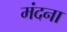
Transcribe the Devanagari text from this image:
मंदना